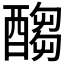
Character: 𲆶